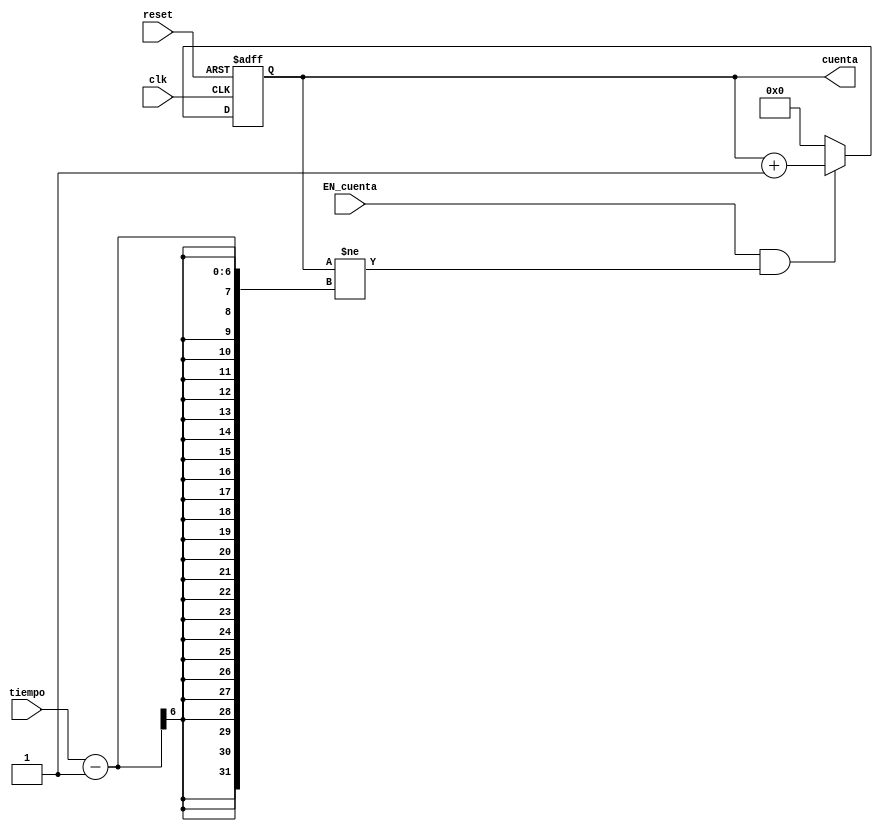
`timescale 1ns / 1ps
//////////////////////////////////////////////////////////////////////////////////
// Company: 
// Engineer: 
// 
// Design Name: 
// Module Name:    contador_rtc 
// Project Name: 
// Target Devices: 
// Tool versions: 
// Description: 
//
// Dependencies: 
//
// Revision: 
// Revision 0.01 - File Created
// Additional Comments: 
//
//////////////////////////////////////////////////////////////////////////////////
module contador_rtc(
	input wire clk, reset, EN_cuenta, 
	input wire [5:0] tiempo,
	output wire [4:0] cuenta
    );

	reg [4:0] cuenta_reg;
	
	always @(posedge clk, posedge reset)
	if (reset) cuenta_reg <= 1'b0;
	else
		begin
			if (EN_cuenta & cuenta_reg!=(tiempo-1)) cuenta_reg <= cuenta_reg + 1'b1;
			else cuenta_reg <= 1'b0;
		end
			
	assign cuenta = cuenta_reg;

endmodule